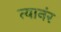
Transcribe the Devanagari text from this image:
त्यानंर